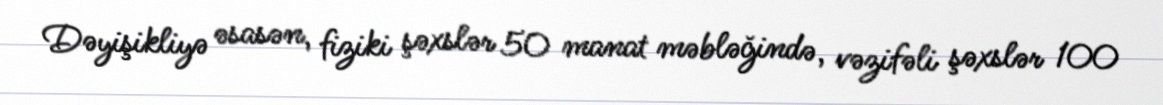
Dəyişikliyə əsasən, fiziki şəxslər 50 manat məbləğində, vəzifəli şəxslər 100